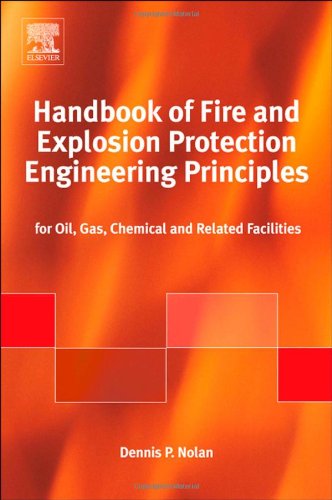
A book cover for Handbook of Fire and Explosion Protection Engineering Principles, Second Edition: for Oil, Gas, Chemical and Related Facilities; Dennis P. Nolan; Science & Math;